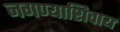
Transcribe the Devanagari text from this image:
जगण्याशिवाय